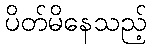
ပိတ်မိနေသည့်